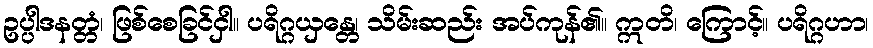
ဥပ္ပါဒနတ္တံ၊ ဖြစ်စေခြင်ငှါ။ ပရိဂ္ဂယှန္တေ၊ သိမ်းဆည်း အပ်ကုန်၏။ ဣတိ၊ ကြောင့်။ ပရိဂ္ဂဟာ၊